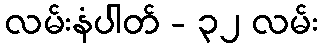
လမ်းနံပါတ် - ၃၂ လမ်း